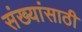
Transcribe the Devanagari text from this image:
संख्यांसाठी